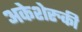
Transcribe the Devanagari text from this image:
अकेशेरुकी